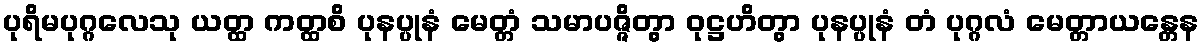
ပုရိမပုဂ္ဂလေသု ယတ္ထ ကတ္ထစိ ပုနပ္ပုနံ မေတ္တံ သမာပဇ္ဇိတွာ ဝုဋ္ဌဟိတွာ ပုနပ္ပုနံ တံ ပုဂ္ဂလံ မေတ္တာယန္တေန